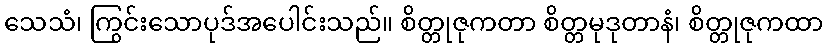
သေသံ၊ ကြွင်းသောပုဒ်အပေါင်းသည်။ စိတ္တုဇုကတာ စိတ္တမုဒုတာနံ၊ စိတ္တုဇုကထာ